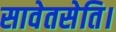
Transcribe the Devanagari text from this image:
सावेतसेति।